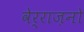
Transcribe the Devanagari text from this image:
वेर्राज़नो